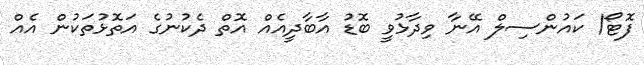
ފޮޓޯ/ ކައުންސިލް އޭނާ ވިދާޅުވީ ބޮޑު އާބާދީއެއް އޮތް ދެކުނުގެ އަތޮޅުތަކުން އެއް